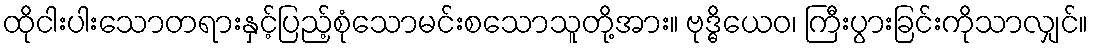
ထိုငါးပါးသောတရားနှင့်ပြည့်စုံသောမင်းစသောသူတို့အား။ ဗုဒ္ဓိယေဝ၊ ကြီးပွားခြင်းကိုသာလျှင်။